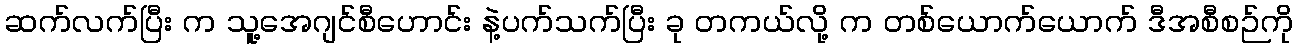
ဆက်လက်ပြီး က သူ့အေဂျင်စီဟောင်း နဲ့ပက်သက်ပြီး ခု တကယ်လို့ က တစ်ယောက်ယောက် ဒီအစီစဉ်ကို